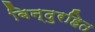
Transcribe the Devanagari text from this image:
बिन्दुरहित